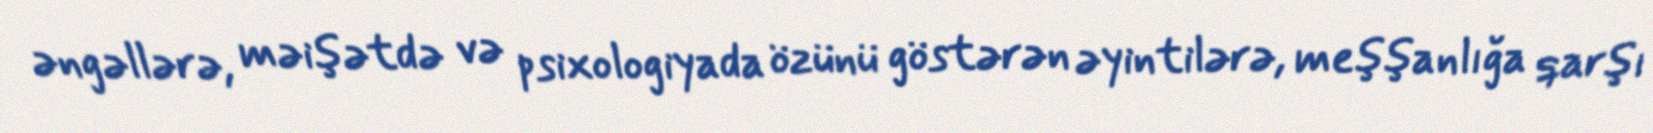
əngəllərə, məişətdə və psixologiyada özünü göstərən əyintilərə, meşşanlığa qarşı